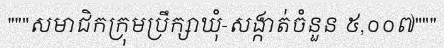
"""សមាជិកក្រុមប្រឹក្សាឃុំ-សង្កាត់ចំនួន ៥,០០៧"""